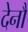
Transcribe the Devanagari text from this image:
देनौ